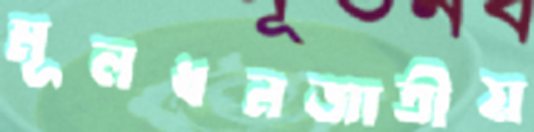
মূলধনজাতীয়